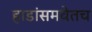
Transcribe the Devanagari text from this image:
हाडांसमवेतच